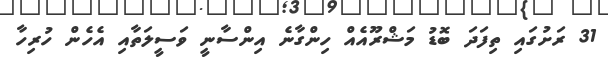
31 ރަށުގައި ތިފަދަ ބޮޑު މަޝްރޫއެއް ހިންގާނެ އިންސާނީ ވަސީލަތާއި އެހެން ހުރިހާ